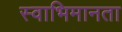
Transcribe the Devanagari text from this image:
स्वाभिमानता